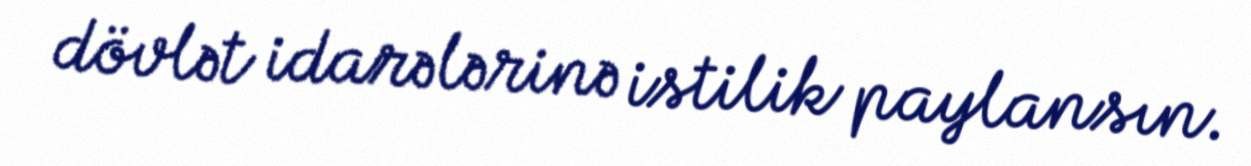
dövlət idarələrinə istilik paylansın.